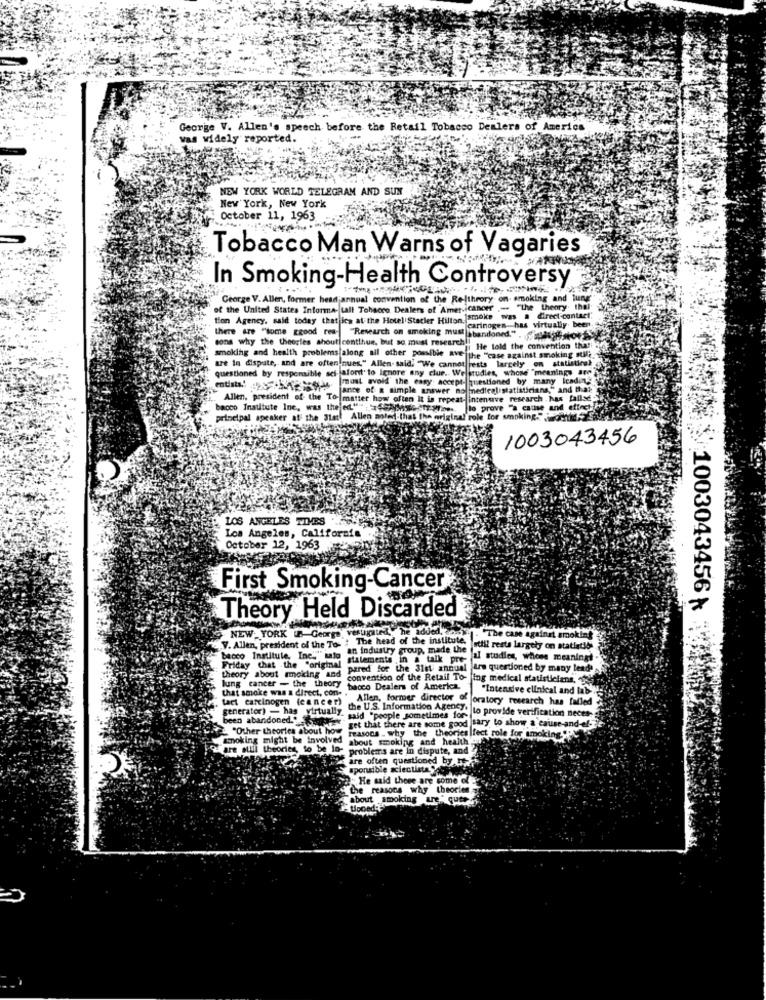
George V. Allen's speech before the Retail Tobacco Dealers of America
was widely reported.
NEW YORK WORLD TELEGRAM AND SUN
New York, New York
October 11, 1963
Tobacco Man Warns of Vagaries
In Smoking-Health Controversy
George V. Allen, former head annual convention of the Rejtheory on- smoking and iu
of the United States Informa- tall Tobacco Dealers of Americancer .- "the theory the
tion Agency, said today thatjics at the Hotel'Stacler Hilton. ]smoke
was a direct-contact:
there are "some ggood rea-| "Research on smoking must abandoned"
jearinogen, has virtually. beer
sons why the theogles shout contthus, but so must research ; He told the convention thati 4
smoking and health problems along all other possible ave the "case against smoking suli
are in dispute, and are often nues." Allen- said. "We cannot rests largely on statistinek dy
questioned by responsible sei lafont to Ignore any clue. Welstudies, whose "meanings am
most avoid" the easy accept- questioned by many leading
no medical statisticians," and that
Allen, president of the Tomatter how often It is repeat- intensive research . has fallse-
bacco Inatitute Ine, was the ed. "" . 5 MGtt Mpex. lo prove "a cause and etinct by
to prove "a cause and effect
principal speaker at the 3latt Allen noted that the original role for smoking
1003043456
LOS ANGELES TIMES
Los Angeles, California
October 12, 1963
First Smoking-Cancer
1003043456 %
Theory Held Discarded
NEW YORK ( George vestigated, he added. ..
The case against smoking
V. Allen, president of the To-
an industry group, made the
Jottil resta largely on statistik
becco Institule, Inc." sato
statements . in a talk pre-
ul studies, whose meaningt
Friday chat .the "original"
pared for the 31st annual inn q
ned by
wany lead
theory about smoking and
lung cancer - the theory
convention of the Retail To-
ing medical statisticians, "
that smoke was a direct, con-
bacco Dealers of America.
"Intensive clinical and lab"
tact carcinogen (eancer)
"Allen, former director of oratory research has failed
generator) - has virtually. said "people sometimes for-
been abandoned."-
the U.S. Information Ageng . to provide verification neces-
"Other theories about how
get that there are some good sary to show a cause-and-effe
smoking might be involved
about smoking and health au
reasons . why the theories |fect role for smoking
ziare still theories, to be la-
problems are in dispute, and
are often questioned by .-
sponsible scientlete
He said there are some of
the reasons why theories
about smoking une"